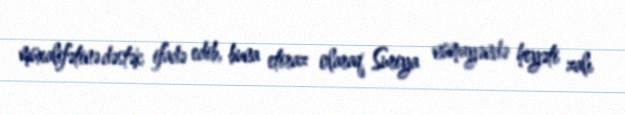
müxalifətinə dəstək ifadə edib, buna etiraz olaraq Suriya nümayəndə heyəti zalı